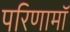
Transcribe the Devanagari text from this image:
परिणामॉ